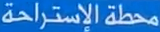
محطة الإستراحة